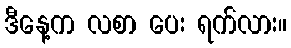
ဒီနေ့က လစာ ပေး ရက်လား။